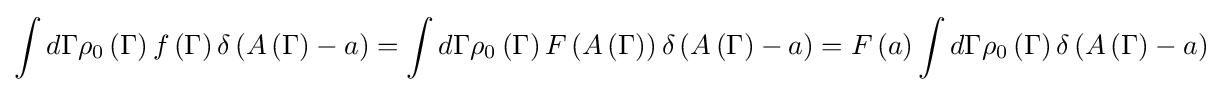
\int d\Gamma \rho _{0}\left(\Gamma \right)f\left(\Gamma \right)\delta \left(A\left(\Gamma \right)-a\right)=\int d\Gamma \rho _{0}\left(\Gamma \right)F\left(A\left(\Gamma \right)\right)\delta \left(A\left(\Gamma \right)-a\right)=F\left(a\right)\int d\Gamma \rho _{0}\left(\Gamma \right)\delta \left(A\left(\Gamma \right)-a\right)